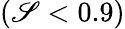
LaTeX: (\mathscr{S}<0.9)